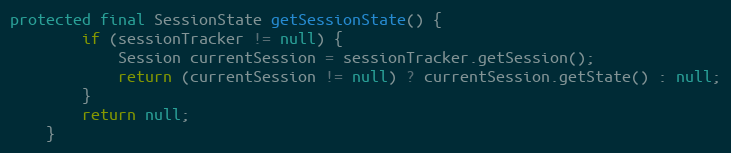
Language: Java
protected final SessionState getSessionState() {
        if (sessionTracker != null) {
            Session currentSession = sessionTracker.getSession();
            return (currentSession != null) ? currentSession.getState() : null;
        }
        return null;
    }